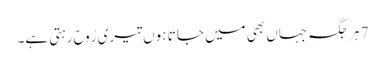
7 ہر جگہ جہاں بھی میں جا تا ہوں تیری رُوح رہتی ہے۔